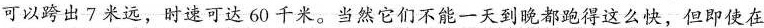
可以跨出7米远，时速可达60千米。当然它们不能一天到晚都跑得这么快，但即使在